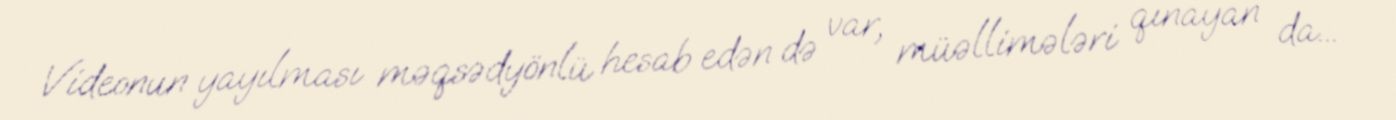
Videonun yayılması məqsədyönlü hesab edən də var, müəllimələri qınayan da...